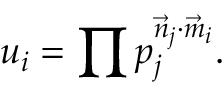
u _ { i } = \prod p _ { j } ^ { { \vec { n } _ { j } } \cdot { \vec { m } _ { i } } } .